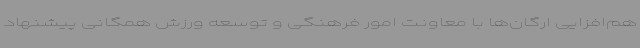
هم‌افزایی ارگان‌ها با معاونت امور فرهنگی و توسعه ورزش همگانی پیشنهاد